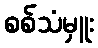
စစ်သံမှူး